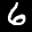
Label: 6